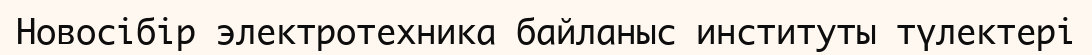
Новосібір электротехника байланыс институты түлектері